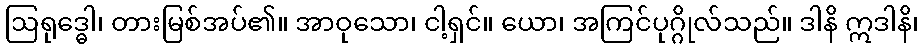
ဩရုဒ္ဓေါ၊ တားမြစ်အပ်၏။ အာဝုသော၊ ငါ့ရှင်။ ယော၊ အကြင်ပုဂ္ဂိုလ်သည်။ ဒါနိ ဣဒါနိ၊